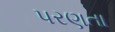
પરણતા